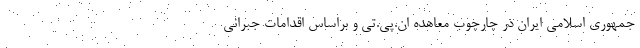
جمهوری اسلامی ایران در چارچوب معاهده ان.پی.تی و براساس اقدامات جبرانی